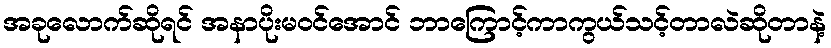
အခုလောက်ဆိုရင် အနာပိုးမဝင်အောင် ဘာကြောင့်ကာကွယ်သင့်တာလဲဆိုတာနဲ့